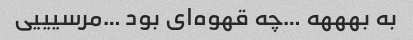
به بهههه …چه قهوه‌ای بود …مرسیییی